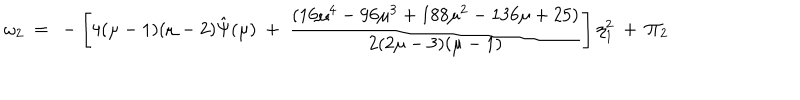
\omega _ { 2 } ~ = ~ - \left[ 4 ( \mu - 1 ) ( \mu - 2 ) \hat { \Psi } ( \mu ) ~ + ~ \frac { ( 1 6 \mu ^ { 4 } - 9 6 \mu ^ { 3 } + 1 8 8 \mu ^ { 2 } - 1 3 6 \mu + 2 5 ) } { 2 ( 2 \mu - 3 ) ( \mu - 1 ) } \right] \eta _ { 1 } ^ { 2 } ~ + ~ \Pi _ { 2 }